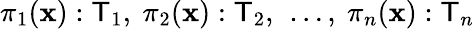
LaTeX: \pi_{1}(\mathbf{x}):{\mathsf{{T}}}_{1},~\pi_{2}(\mathbf{x}):{\mathsf{{T}}}_{2},~\ldots,~\pi_{n}(\mathbf{x}):{\mathsf{{T}}}_{n}